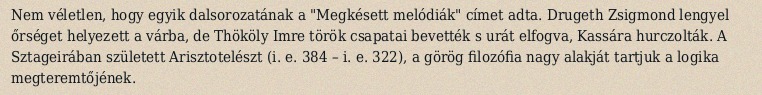
Nem véletlen, hogy egyik dalsorozatának a "Megkésett melódiák" címet adta. Drugeth Zsigmond lengyel őrséget helyezett a várba, de Thököly Imre török csapatai bevették s urát elfogva, Kassára hurczolták. A Sztageirában született Arisztotelészt (i. e. 384 – i. e. 322), a görög filozófia nagy alakját tartjuk a logika megteremtőjének.